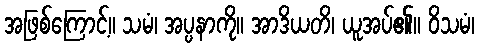
အဖြစ်ကြောင့်။ သမံ၊ အပ္ပနာကို။ အာဒိယတိ၊ ယူအပ်၏။ ဝိသမံ၊